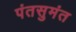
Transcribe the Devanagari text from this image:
पंतसुमंत